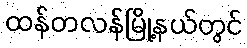
ထန်တလန်မြို့နယ်တွင်